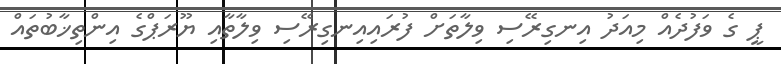
ޕީ ގެ ވަފުދެއް މިއަދު އިނގިރޭސި ވިލާތަށް ފުރައިއިނގިރޭސި ވިލާތާއި ޔޫރަޕްގެ އިންތިޚާބުތައް